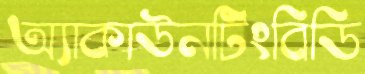
অ্যাকাউনটিংবিডি